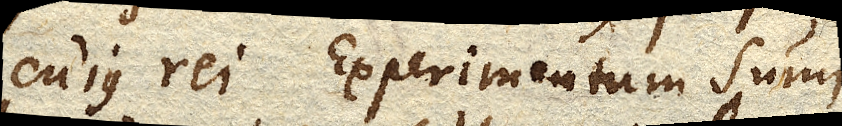
cujus rei Experimentum sumi